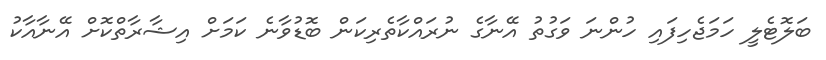
ބަލޮޓެލީ ހަމަޖެހިފައި ހުންނަ ވަގުތު އޭނާގެ ނުރައްކާތެރިކަން ބޮޑުވާނެ ކަމަށް އިޝާރާތްކޮށް އޭނާއާކު